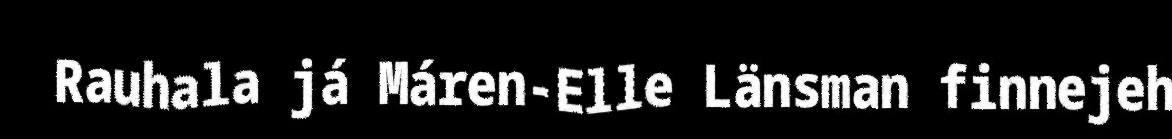
Rauhala já Máren-Elle Länsman finnejeh